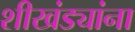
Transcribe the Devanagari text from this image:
शीखंड्यांना